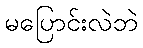
မပြောင်းလဲဘဲ